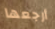
أرجعها